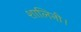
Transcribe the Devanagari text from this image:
शालिनी।